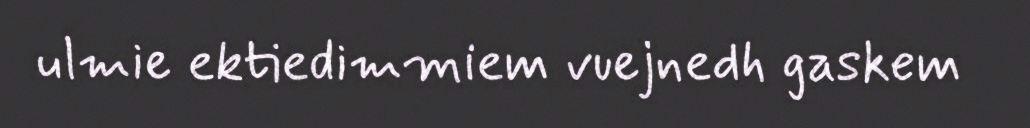
ulmie ektiedimmiem vuejnedh gaskem